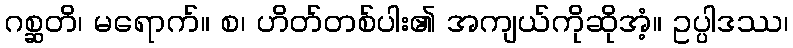
ဂစ္ဆတိ၊ မရောက်။ စ၊ ဟိတ်တစ်ပါး၏ အကျယ်ကိုဆိုအံ့။ ဥပ္ပါဒဿ၊